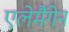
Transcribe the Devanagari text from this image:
एलेमैंगेन